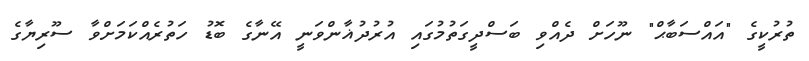
ތުރުކީގެ "އައްސަބާޙް" ނޫހަށް ދެއްވި ބަސްދީގަތުމުގައި އުރުދުޣާންވަނީ އޭނާގެ ބޮޑު ހަތުރެއްކަމަށްވާ ސޫރިޔާގެ